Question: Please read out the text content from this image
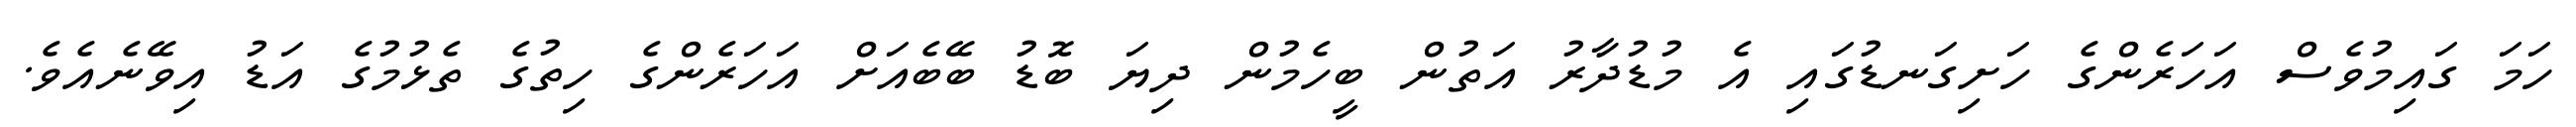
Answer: ހަމަ ގައިމުވެސް އަހަރެންގެ ހަށިގަނޑުގައި އެ މުޑުދާރު އަތުން ބީހެމުން ދިޔަ ބޮޑު ބޭބެއަށް އަހަރެންގެ ހިތުގެ ތެޅުމުގެ އަޑު އިވޭނެއެވެ.